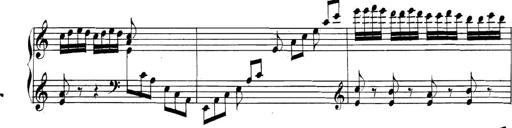
Title: Collected Piano Sonatas
Composer: Muzio Clementi